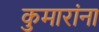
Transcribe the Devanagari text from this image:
कुमारांना